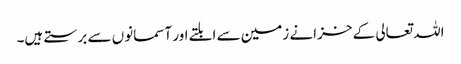
اللہ تعالی کے خزانے زمین سے ابلتے اور آسمانوں سے برستے ہیں۔